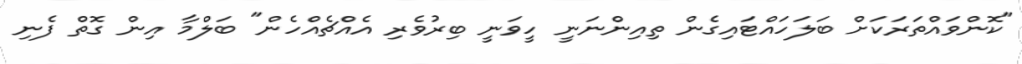
"ކޮންވައްތަރަކަށް ބަލަހައްޓައިގެން ތިއިންނަނީ ހީވަނީ ބިރުވެރި އެއްޗެއްހެން" ބަލްމާ އިން ގޮތް ފެނި